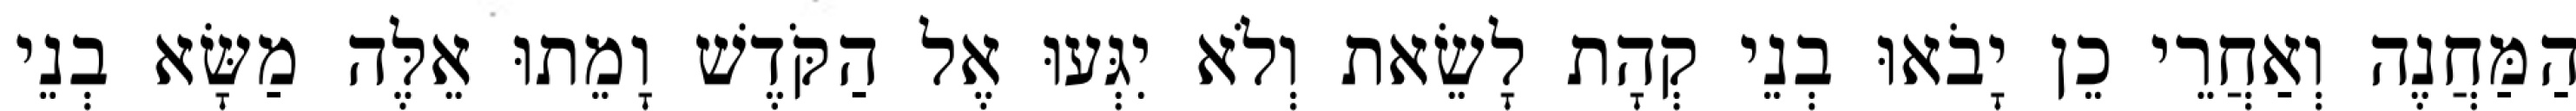
הַמַּחֲנֶה וְאַחֲרֵי כֵן יָבֹאוּ בְנֵי קְהָת לָשֵׂאת וְלֹא יִגְּעוּ אֶל הַקֹּדֶשׁ וָמֵתוּ אֵלֶּה מַשָּׂא בְנֵי